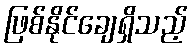
ဖြစ်နိုင်ချေရှိသည့်